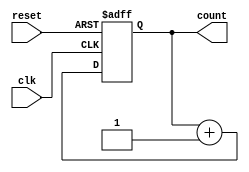
module cascaded_counter #(
    parameter N = 4  // Number of bits (flip-flops) in the counter
)(
    input wire clk,       // Clock input
    input wire reset,     // Asynchronous reset input
    output reg [N-1:0] count // Output count
);

// Flip-flops for the counter
always @(posedge clk or posedge reset) begin
    if (reset) begin
        count <= 0; // Reset the counter to 0
    end else begin
        count <= count + 1; // Increment the counter
    end
end

endmodule